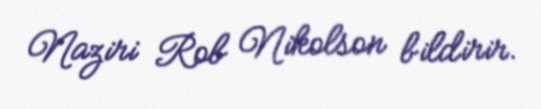
Naziri Rob Nikolson bildirir.